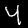
Label: 4